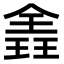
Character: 𪼈